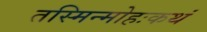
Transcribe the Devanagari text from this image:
तस्मिन्मोहःकथं